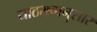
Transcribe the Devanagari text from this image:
याठरावानुसार